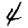
Digit: 4